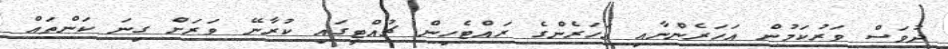
ދުވަސް ވަރުކަމުން އަހަރެންނާއި އަހަރެންގެ ރައްޓެހިން ޗުއްޓީގައި ކުރާނޭ ވަރަށް ގިނަ ކަންތައް